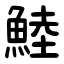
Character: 鯥